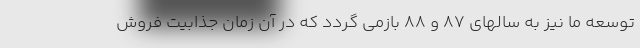
توسعه ما نیز به سالهای ۸۷ و ۸۸ بازمی گردد که در آن زمان جذابیت فروش